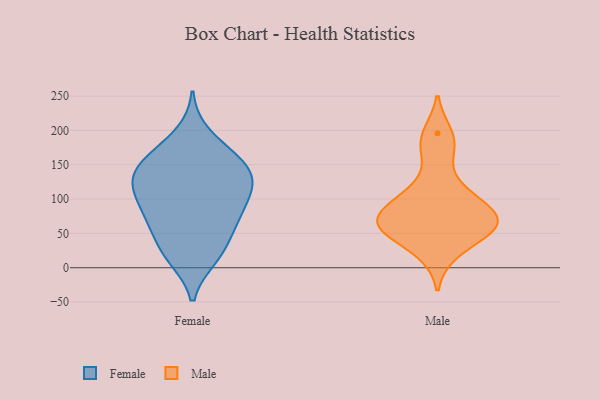
{"axis": {"x": "Shipments", "y": "Value"}, "legend": ["Female", "Male"], "data": [{"x": "", "y": 60, "type": "Female"}, {"x": "", "y": 153, "type": "Female"}, {"x": "", "y": 126, "type": "Female"}, {"x": "", "y": 92, "type": "Female"}, {"x": "", "y": 82, "type": "Female"}, {"x": "", "y": 14, "type": "Female"}, {"x": "", "y": 151, "type": "Female"}, {"x": "", "y": 195, "type": "Female"}, {"x": "", "y": 19, "type": "Female"}, {"x": "", "y": 58, "type": "Female"}, {"x": "", "y": 53, "type": "Female"}, {"x": "", "y": 137, "type": "Female"}, {"x": "", "y": 130, "type": "Female"}, {"x": "", "y": 118, "type": "Female"}, {"x": "", "y": 18, "type": "Female"}, {"x": "", "y": 163, "type": "Female"}, {"x": "", "y": 88, "type": "Female"}, {"x": "", "y": 104, "type": "Female"}, {"x": "", "y": 166, "type": "Female"}, {"x": "", "y": 123, "type": "Female"}, {"x": "", "y": 83, "type": "Male"}, {"x": "", "y": 169, "type": "Male"}, {"x": "", "y": 69, "type": "Male"}, {"x": "", "y": 196, "type": "Male"}, {"x": "", "y": 100, "type": "Male"}, {"x": "", "y": 115, "type": "Male"}, {"x": "", "y": 21, "type": "Male"}, {"x": "", "y": 56, "type": "Male"}, {"x": "", "y": 73, "type": "Male"}, {"x": "", "y": 56, "type": "Male"}, {"x": "", "y": 55, "type": "Male"}]}